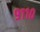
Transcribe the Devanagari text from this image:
९११०